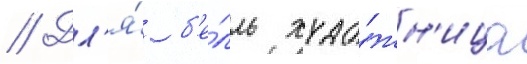
// Дл'я́ б'е́лль худо́жн'ица